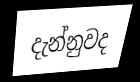
දැන්නුවද